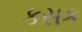
કસક